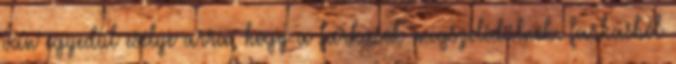
van egyedül esélye arra, hogy a farkasok megszelídülnek. farkasból